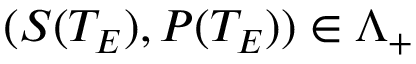
( S ( T _ { E } ) , P ( T _ { E } ) ) \in \Lambda _ { + }